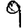
Digit: 9